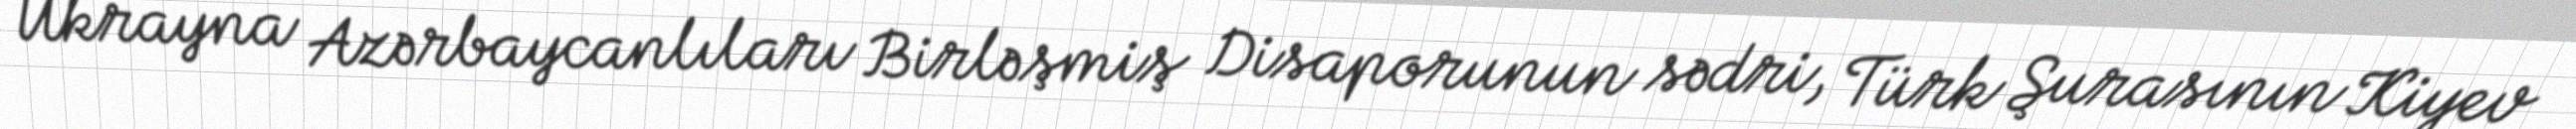
Ukrayna Azərbaycanlıları Birləşmiş Disaporunun sədri, Türk Şurasının Kiyev